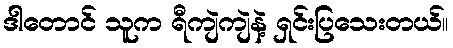
ဒါတောင် သူက ရီကျဲကျဲနဲ့ ရှင်းပြသေးတယ်။